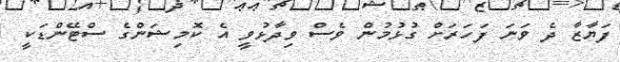
ފަޔާޒާ ދެ ވަނަ ފަހަރަށް ގުޅުމުން ވެސް ވިދާޅުވީ އެ ކޮމިޝަންގެ ސްޓޭންޑަކީ